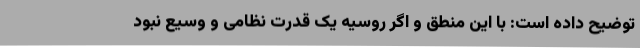
توضیح داده است: با این منطق و اگر روسیه یک قدرت نظامی و وسیع نبود